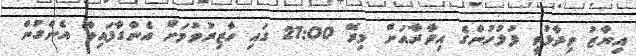
އިޔާޒު ވިދާޅުވީ ފުލުހުންގެ އިދާރާއަށް މިރޭ 21:00 ގައި ހާޒިރުވުމަށް އެންގާފައިވާ އެންގުން